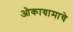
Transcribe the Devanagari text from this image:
ओकायामाचे